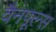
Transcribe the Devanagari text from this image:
वैनपूल्स